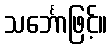
သင်္ဘောဖြင့်။